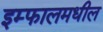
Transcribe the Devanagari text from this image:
इम्फालमधील